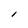
Character: l